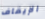
الإيقاف